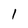
Character: 1